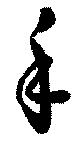
手